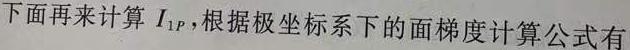
下面再来计算 $I_{1P}$,根据极坐标系下的面梯度计算公式有